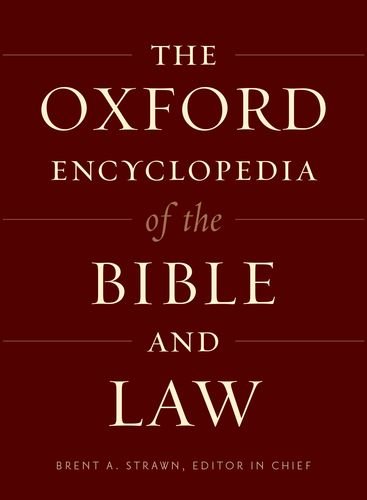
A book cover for The Oxford Encyclopedia of the Bible and Law: Two-Volume Set (Oxford Encyclopedias of the Bible); Christian Books & Bibles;